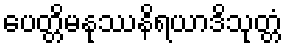
ပေတ္တိမနုဿနိရယာဒိသုတ္တံ